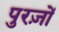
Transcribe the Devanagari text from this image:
पुरज़ों